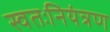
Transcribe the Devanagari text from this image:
स्वतःनियंत्रण